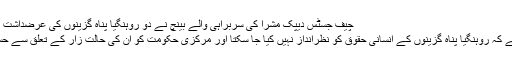
چیف جسٹس دیپک مشرا کی سربراہی والے بینچ نے دو روہنگیا پناہ گزینوں کی عرضداشت پر سماعت کے دوران یہ ہدایت دی
بھارت کی سپریم کورٹ نے کہا ہے کہ روہنگیا پناہ گزینوں کے انسانی حقوق کو نظرانداز نہیں کیا جا سکتا اور مرکزی حکومت کو ان کی حالت زار کے تعلق سے حساس رویے کا مظاہرہ کرنا چاہیے۔